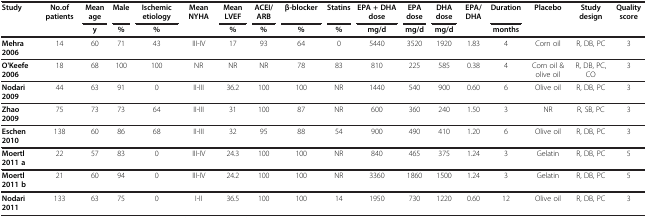
<table><thead><tr><td><b>Study</b></td><td><b>No.of patients</b></td><td><b>Mean age</b></td><td><b>Male</b></td><td><b>Ischemic etiology</b></td><td><b>Mean NYHA</b></td><td><b>Mean LVEF</b></td><td><b>ACEI/ARB</b></td><td><b>β-blocker</b></td><td><b>Statins</b></td><td><b>EPA + DHA dose</b></td><td><b>EPA dose</b></td><td><b>DHA dose</b></td><td><b>EPA/DHA</b></td><td><b>Duration</b></td><td><b>Placebo</b></td><td><b>Study design</b></td><td><b>Quality score</b></td></tr><tr><td><b> </b></td><td><b> </b></td><td><b>y</b></td><td><b>%</b></td><td><b>%</b></td><td><b> </b></td><td><b>%</b></td><td><b>%</b></td><td><b>%</b></td><td><b>%</b></td><td><b>mg/d</b></td><td><b>mg/d</b></td><td><b>mg/d</b></td><td><b> </b></td><td><b>months</b></td><td><b> </b></td><td><b> </b></td><td><b> </b></td></tr></thead><tbody><tr><td><b>Mehra 2006</b></td><td>14</td><td>60</td><td>71</td><td>43</td><td>III-IV</td><td>17</td><td>93</td><td>64</td><td>0</td><td>5440</td><td>3520</td><td>1920</td><td>1.83</td><td>4</td><td>Corn oil</td><td>R, DB, PC</td><td>3</td></tr><tr><td><b>O&#x27;Keefe 2006</b></td><td>18</td><td>68</td><td>100</td><td>100</td><td>NR</td><td>NR</td><td>NR</td><td>78</td><td>83</td><td>810</td><td>225</td><td>585</td><td>0.38</td><td>4</td><td>Corn oil &amp; olive oil</td><td>R, DB, PC, CO</td><td>3</td></tr><tr><td><b>Nodari 2009</b></td><td>44</td><td>63</td><td>91</td><td>0</td><td>II-III</td><td>36.2</td><td>100</td><td>100</td><td>NR</td><td>1440</td><td>540</td><td>900</td><td>0.60</td><td>6</td><td>Olive oil</td><td>R, DB, PC</td><td>3</td></tr><tr><td><b>Zhao 2009</b></td><td>75</td><td>73</td><td>73</td><td>64</td><td>II-III</td><td>31</td><td>100</td><td>87</td><td>NR</td><td>600</td><td>360</td><td>240</td><td>1.50</td><td>3</td><td>NR</td><td>R, SB, PC</td><td>3</td></tr><tr><td><b>Eschen 2010</b></td><td>138</td><td>60</td><td>86</td><td>68</td><td>II-III</td><td>32</td><td>95</td><td>88</td><td>54</td><td>900</td><td>490</td><td>410</td><td>1.20</td><td>6</td><td>Olive oil</td><td>R, DB, PC</td><td>3</td></tr><tr><td><b>Moertl 2011 a</b></td><td>22</td><td>57</td><td>83</td><td>0</td><td>III-IV</td><td>24.3</td><td>100</td><td>100</td><td>NR</td><td>840</td><td>465</td><td>375</td><td>1.24</td><td>3</td><td>Gelatin</td><td>R, DB, PC</td><td>5</td></tr><tr><td><b>Moertl 2011 b</b></td><td>21</td><td>60</td><td>94</td><td>0</td><td>III-IV</td><td>24.2</td><td>100</td><td>100</td><td>NR</td><td>3360</td><td>1860</td><td>1500</td><td>1.24</td><td>3</td><td>Gelatin</td><td>R, DB, PC</td><td>5</td></tr><tr><td><b>Nodari 2011</b></td><td>133</td><td>63</td><td>75</td><td>0</td><td>I-II</td><td>36.5</td><td>100</td><td>100</td><td>14</td><td>1950</td><td>730</td><td>1220</td><td>0.60</td><td>12</td><td>Olive oil</td><td>R, DB, PC</td><td>3</td></tr></tbody></table>